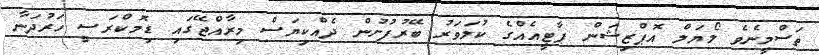
ތަސްމީނެވެ ލޯޔަލް އޮޕްޒިޝަން ޕާޓީއެއްގެ ކުލަވަރު ބޭރުފުށުން ދެއްކިޔަސް މިރާއްޖޭގައި ޑިމޮކްރަސީ ހަރުދަނާ